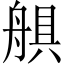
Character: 𦩛